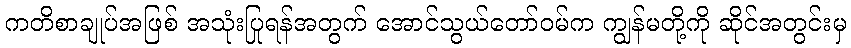
ကတိစာချုပ်အဖြစ် အသုံးပြုရန်အတွက် အောင်သွယ်တော်ဝမ်က ကျွန်မတို့ကို ဆိုင်အတွင်းမှ